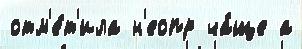
отм'е́т'ила н'еопр ча́ще а